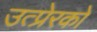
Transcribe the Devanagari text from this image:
उत्प्रेरको